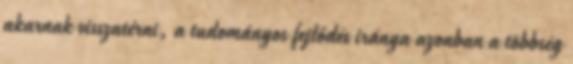
akarnak visszatérni, a tudományos fejlődés iránya azonban a többség